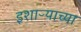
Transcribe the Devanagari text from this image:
इशाऱ्याच्या